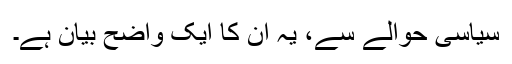
سیاسی حوالے سے، یہ اُن کا ایک واضح بیان ہے۔